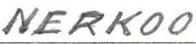
NERKOO